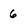
Character: 6